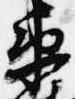
衛